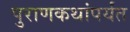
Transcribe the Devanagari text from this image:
पुराणकथांपर्यंत